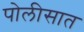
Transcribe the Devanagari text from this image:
पोलीसात